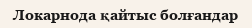
Локарнода қайтыс болғандар